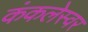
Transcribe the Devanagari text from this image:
कंकलेस्वर